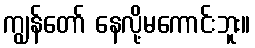
ကျွန်တော် နေလို့မကောင်းဘူး။